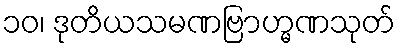
၁၀၊ ဒုတိယသမဏဗြာဟ္မဏသုတ်